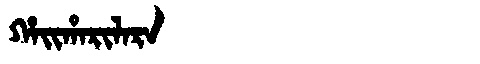
Manchu: ᡥᠠᡳᡥᠠᡵᡳᠯᠠᡵᠠ
Romanization: HAIHARILARA